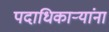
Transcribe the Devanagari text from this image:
पदाधिकाऱ्यांना